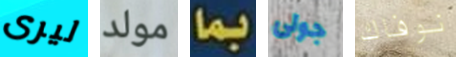
ليرى مولد بما جولى نوفاك